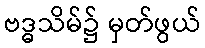
ဗဒ္ဓသိမ်၌ မှတ်ဖွယ်